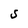
Character: S